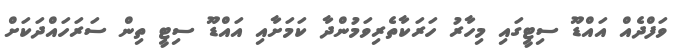
ވަފްދެއް އައްޑޫ ސިޓީގައި މިހާރު ހަރަކާތެރިވަމުންދާ ކަމަށާއި އައްޑޫ ސިޓީ ތިން ސަރަހައްދަކަށް